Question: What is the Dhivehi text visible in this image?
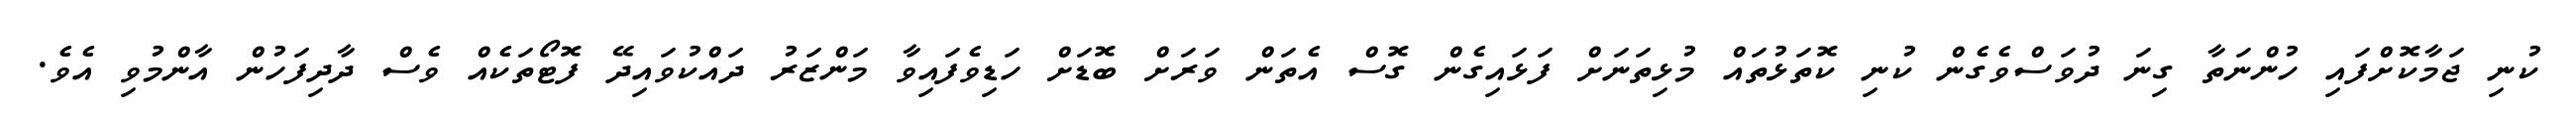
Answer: ކުނި ޖަމާކޮށްފައި ހުންނަތާ ގިނަ ދުވަސްވެގެން ކުނި ކޮތަޅުތައް މުޅިތަނަށް ފަޅައިގެން ގޮސް އެތަން ވަރަށް ބޮޑަށް ހަޑިވެފައިވާ މަންޒަރު ދައްކުވައިދޭ ފޮޓޯތަކެއް ވެސް ދާދިފަހުން އާންމުވި އެވެ.